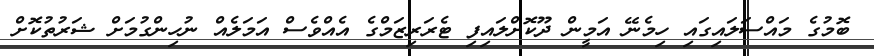
ބޮމުގެ މައްސަލައިގައި ހިމެނޭ އަމީން ދޫކޮށްލައިފި ޓެރަރިޒަމްގެ އެއްވެސް އަމަލެއް ނުހިންގުމަށް ޝަރުތުކޮށް